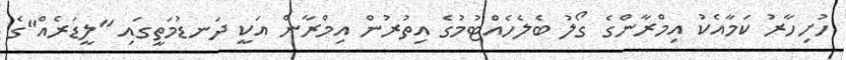
ހުށިހާރު ކަމާއެކު އިމްރާންގެ ގޯލު ބެލެހެއްޓުމުގެ އިތުރުން އިމްރާން އަކީ ދަނޑުމަތީގައި "ލީޑަރެއް"ގެ